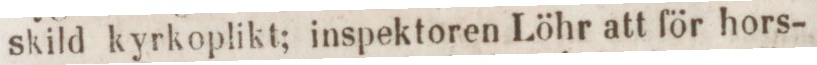
skild kyrkoplikt; inspektoren Löhr att för hors-